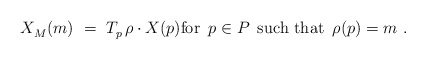
\begin{align*} X_M^{}(m)~=~T_{p\,}^{} \rho \cdot X(p) \mbox{for $\, p \in P \,$ such that $\, \rho(p) = m$}~.\end{align*}